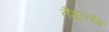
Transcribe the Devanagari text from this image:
तैमूरलैंग